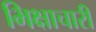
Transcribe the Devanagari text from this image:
भिक्षाचारी